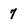
Character: 7